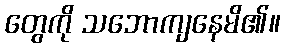
တွေကို သဘောကျနေမိ၏။